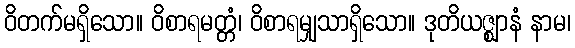
ဝိတက်မရှိသော။ ဝိစာရမတ္တံ၊ ဝိစာရမျှသာရှိသော။ ဒုတိယဇ္ဈာနံ နာမ၊